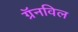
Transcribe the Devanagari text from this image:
ग्रॅनविल